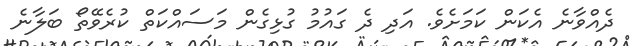
ދެއްވާނެ އެކަން ކަމަށެވެ. އަދި ދެ ގައުމު ގުޅިގެން މަސައްކަތް ކުރެވޭތޯ ބަލާނެ